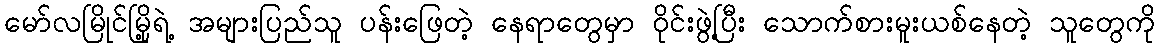
မော်လမြိုင်မြို့ရဲ့ အများပြည်သူ ပန်းဖြေတဲ့ နေရာတွေမှာ ဝိုင်းဖွဲ့ပြီး သောက်စားမူးယစ်နေတဲ့ သူတွေကို